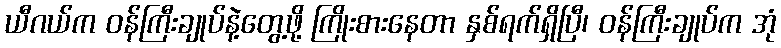
ယီဂယ်က ဝန်ကြီးချုပ်နဲ့တွေ့ဖို့ ကြိုးစားနေတာ နှစ်ရက်ရှိပြီ၊ ဝန်ကြီးချုပ်က အုံ